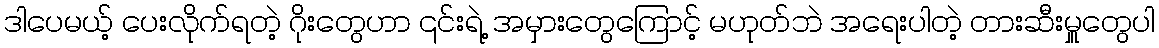
ဒါပေမယ့် ပေးလိုက်ရတဲ့ ဂိုးတွေဟာ ၎င်းရဲ့ အမှားတွေကြောင့် မဟုတ်ဘဲ အရေးပါတဲ့ တားဆီးမှူတွေပါ